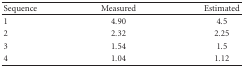
<table><thead><tr><td><b>Sequence</b></td><td><b> Measured</b></td><td><b> Estimated</b></td></tr></thead><tbody><tr><td> 1</td><td>4.90</td><td>4.5</td></tr><tr><td>2</td><td>2.32</td><td>2.25</td></tr><tr><td>3</td><td>1.54</td><td>1.5</td></tr><tr><td>4</td><td>1.04</td><td>1.12</td></tr></tbody></table>